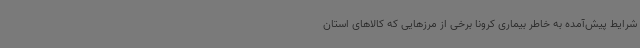
شرایط پیش‌آمده به خاطر بیماری کرونا برخی از مرزهایی که کالاهای استان